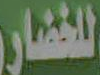
للخضار